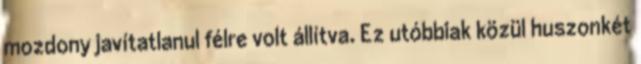
mozdony javítatlanul félre volt állítva. Ez utóbbiak közül huszonkét